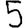
Digit: 5